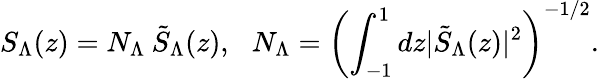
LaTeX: S_{\Lambda}(z)=N_{\Lambda}\: \tilde{S}_{\Lambda}(z),\: \: \: N_{\Lambda}=\left(\int_{-1}^{1}dz\vert\tilde{S}_{\Lambda}(z)\vert^{2}\right)^{-1/2}.